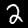
Label: 2